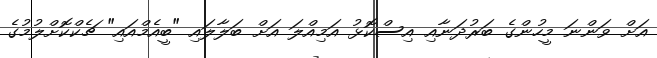
އަށް ވަންނަ މީހުންގެ ބަރުދަނާއި އިސްކޮޅު އަމިއްލަ އަށް ބަލާލައި "ބީއެމްއައި" ޗެކްކޮށްލުމުގެ